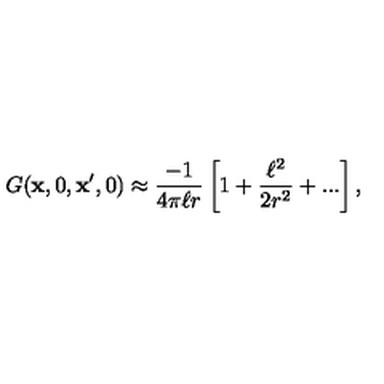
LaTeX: G ( { \bf x } , 0 , { \bf x } ^ { \prime } , 0 ) \approx { \frac { - 1 } { 4 \pi \ell r } } \left[ 1 + { \frac { \ell ^ { 2 } } { 2 r ^ { 2 } } } + . . . \right] ,